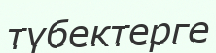
түбектерге